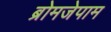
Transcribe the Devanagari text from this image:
ब्रोमजेपाम